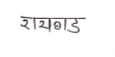
मजकूर: रायगड